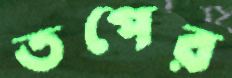
তপের